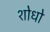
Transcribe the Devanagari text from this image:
शोधो